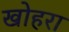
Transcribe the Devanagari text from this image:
खोहरा